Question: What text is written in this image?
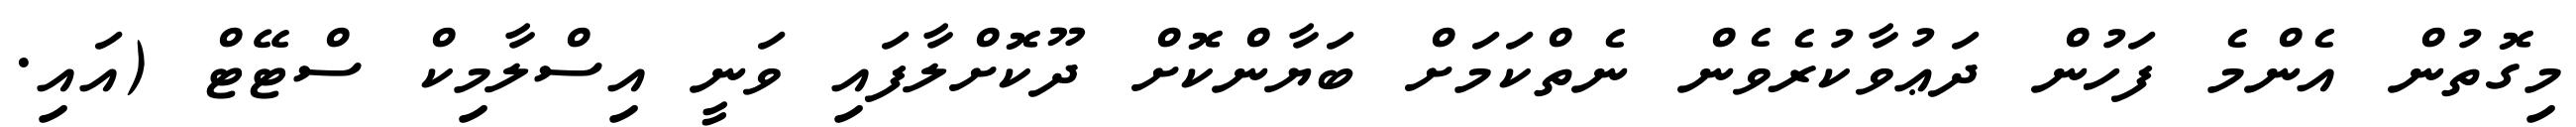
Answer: މިގޮތުން އެންމެ ފަހުން ދަޢުވާކުރެވެން ނެތްކަމަށް ބަޔާންކޮށް ދޫކޮށްލާފައި ވަނީ އިސްލާމިކް ސްޓޭޓް (އައި.